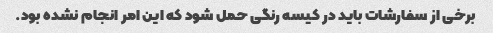
برخی از سفارشات باید در کیسه رنگی حمل شود که این امر انجام نشده بود.